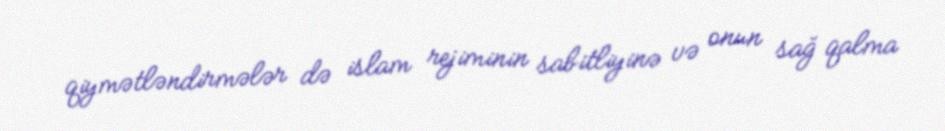
qiymətləndirmələr də islam rejiminin sabitliyinə və onun sağ qalma